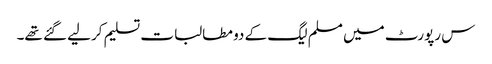
س رپورٹ میں مسلم لیگ کے دو مطالبات تسلیم کرلیے گئے تھے۔